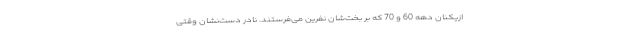
ازیکنان دهه 60 و 70 که بر بخت‌شان نفرین می‌فرستند. نادر دست‌نشان وقتی